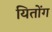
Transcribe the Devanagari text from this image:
यितोंग